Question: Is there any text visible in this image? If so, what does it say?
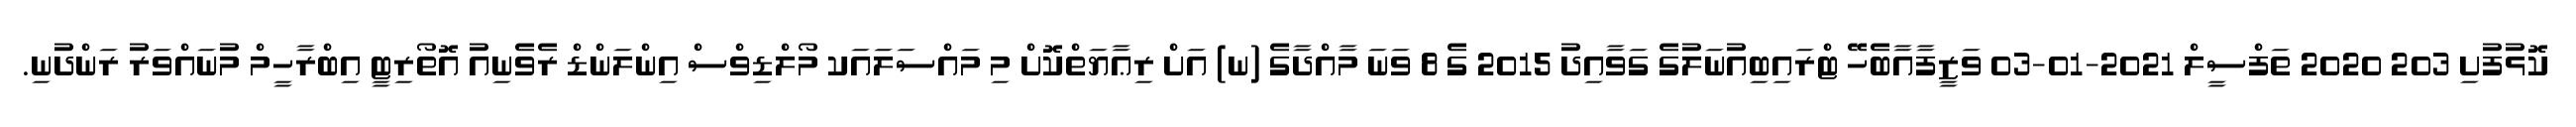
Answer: ކޮޅުފުށި 203 2020 ތަފްސީލް 2021-01-03 ވަޒީފާއާބެހޭ ޓްރައިބިއުނަލުގެ ގަވާއިދު 2015 ގެ 8 ވަނަ މާއްދާގެ (ނ) އަށް ރިޢާޔަތްކޮށް މި މައްސަލައަކ މޯލްޑިވްސް އިންލަންޑް ރެވެނިއު އޮތޯރިޓީ އިބްރާހީމް މުނައްވަރު ރަންދުނި.